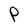
Character: P